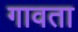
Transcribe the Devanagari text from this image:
गावता